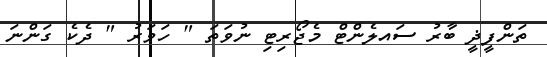
ތަންފީޛީ ބާރު ސައލެންޓް މެޖޯރިޓި ނުވަތަ " ހަވަރު " ދެކެ ގަންނަ